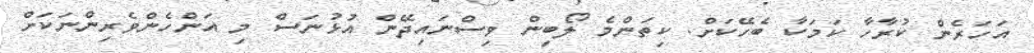
އަހަރެން ކުރާހާ ކަމަކާ ބެހޭކަށް. ކިތަންމެ ލޯބިން ވިސްނައިދޭން އުޅުނަސް މި އަންހެންވެރިންނަކަށް